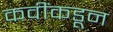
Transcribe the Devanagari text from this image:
कवींकडून